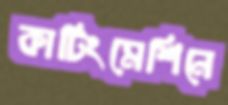
কাটিংমেশিনে